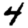
Digit: 4